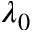
\lambda _ { 0 }